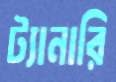
ট্যানারি